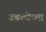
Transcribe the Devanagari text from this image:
उबळीच्या